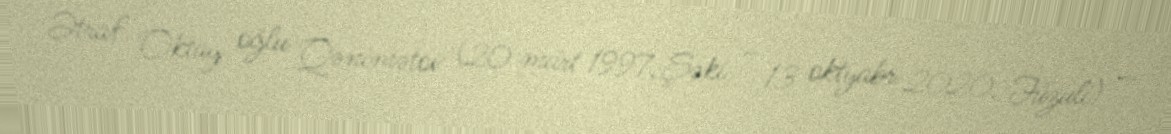
Ətraf Oktay oğlu Qənimətov (20 mart 1997, Şəki – 13 oktyabr 2020, Füzuli) —